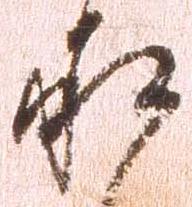
承